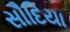
સૌદિયા